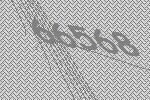
66568